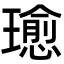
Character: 𤪂